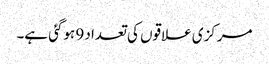
مرکزی علاقوں کی تعداد 9 ہوگئی ہے۔